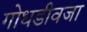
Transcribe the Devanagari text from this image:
गोधडीवजा